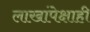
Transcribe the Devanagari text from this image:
लाखांपेक्षाही